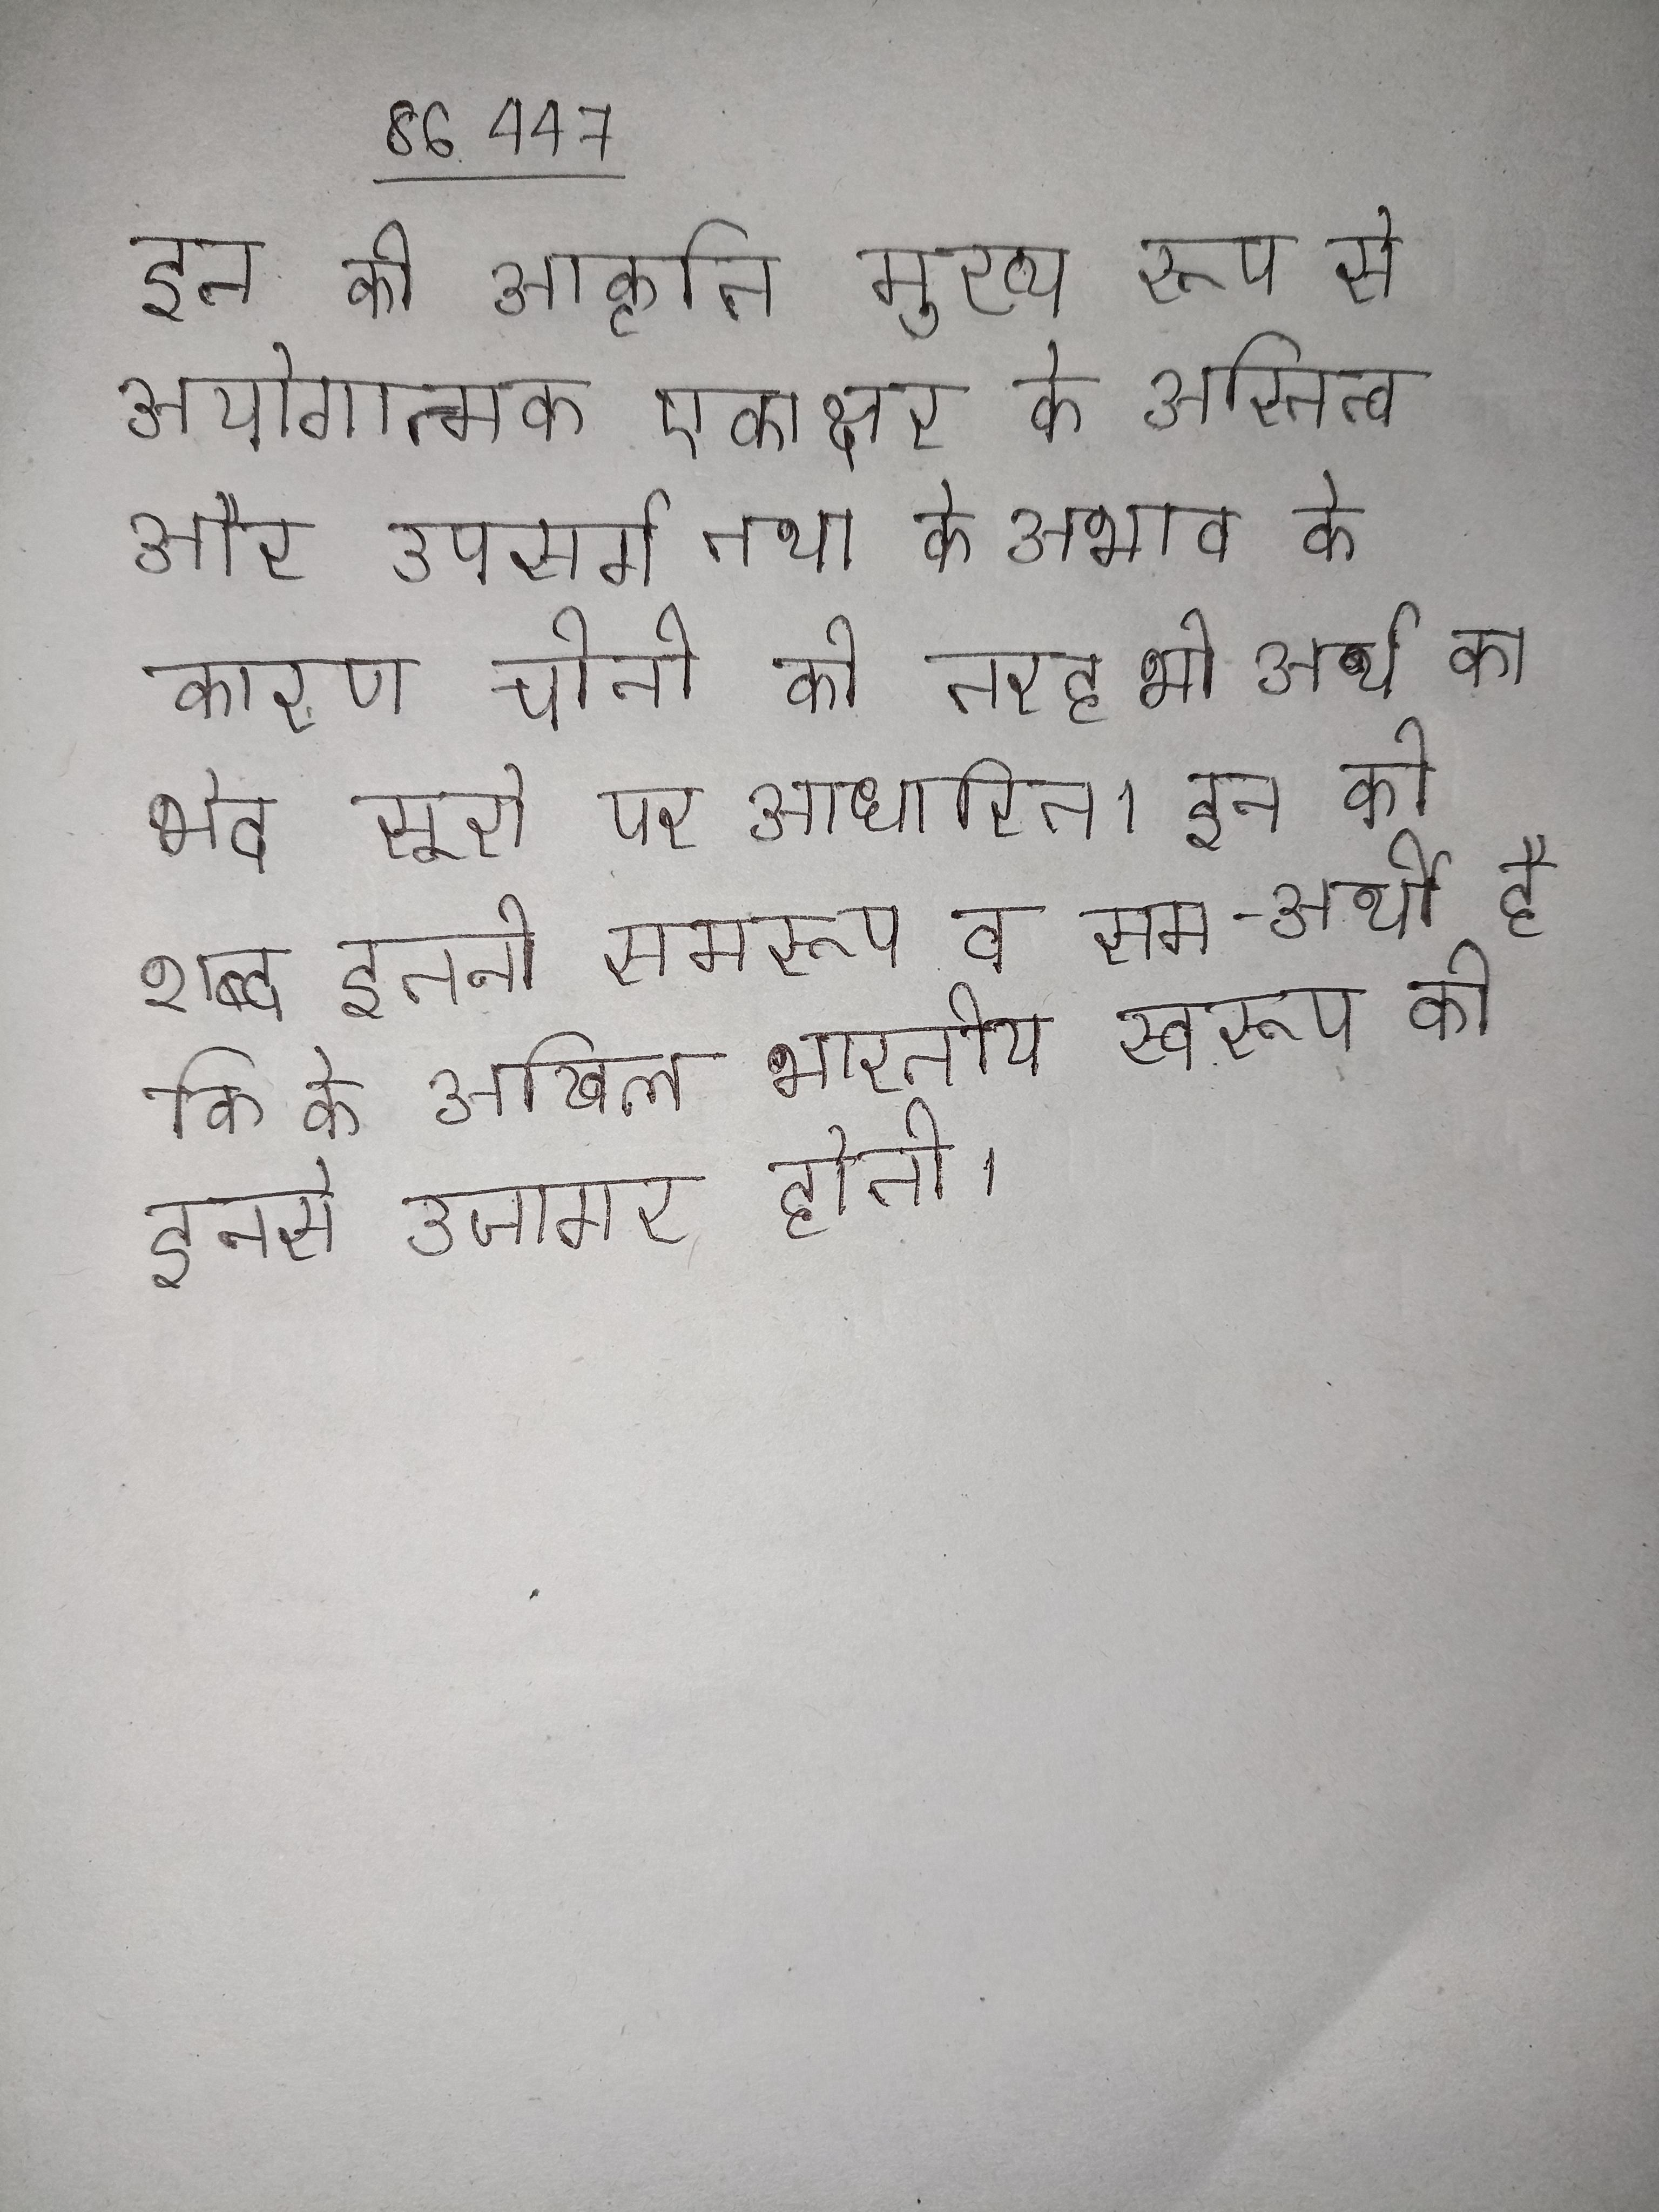
आधुनिक व्यक्तिगत विज्ञान के शासन के रूप स्थापना शताब्दी के उत्तरार्ध और धार्मिक मनोविज्ञान विभाग, धार्मिक समाजशास्त्र, तुलनात्मक धर्म अध्ययन, धार्मिक इतिहास, धार्मिक मानव विज्ञान आदि से परे एक विशिष्ट धर्म के धर्म के दृष्टिकोण से हुई है । आधुनिक व्यवसाय का आकार इतना विस्तृत हो गया है कि व व्यावसायिक लेनदेन होते रहते ।